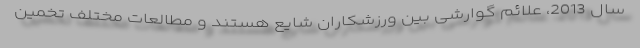
سال 2013، علائم گوارشی بین ورزشکاران شایع هستند و مطالعات مختلف تخمین